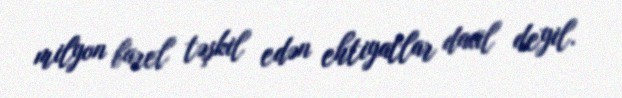
milyon barel təşkil edən ehtiyatlar daxil deyil.